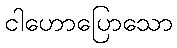
ငါဟောပြောသော